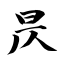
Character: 昃